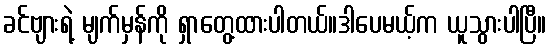
ခင်ဗျားရဲ့ မျက်မှန်ကို ရှာတွေ့ထားပါတယ်။ဒါပေမယ့်က ယူသွားပါပြီ။